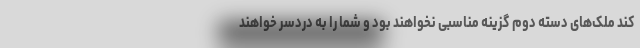
کند ملک‌های دسته دوم گزینه مناسبی نخواهند بود و شما را به دردسر خواهند